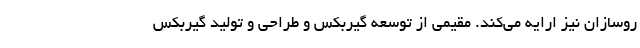
روسازان نیز ارایه می‌کند. مقیمی از توسعه گیربکس و طراحی و تولید گیربکس